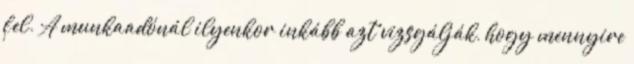
fel. A munkaadónál ilyenkor inkább azt vizsgálják, hogy mennyire